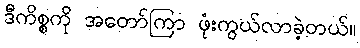
ဒီကိစ္စကို အတော်ကြာ ဖုံးကွယ်လာခဲ့တယ်။